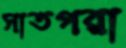
সাতগরা